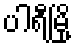
ပါရီမြို့